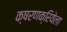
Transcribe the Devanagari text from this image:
क्षरणक्रियेला